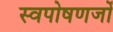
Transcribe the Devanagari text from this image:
स्वपोषणजों